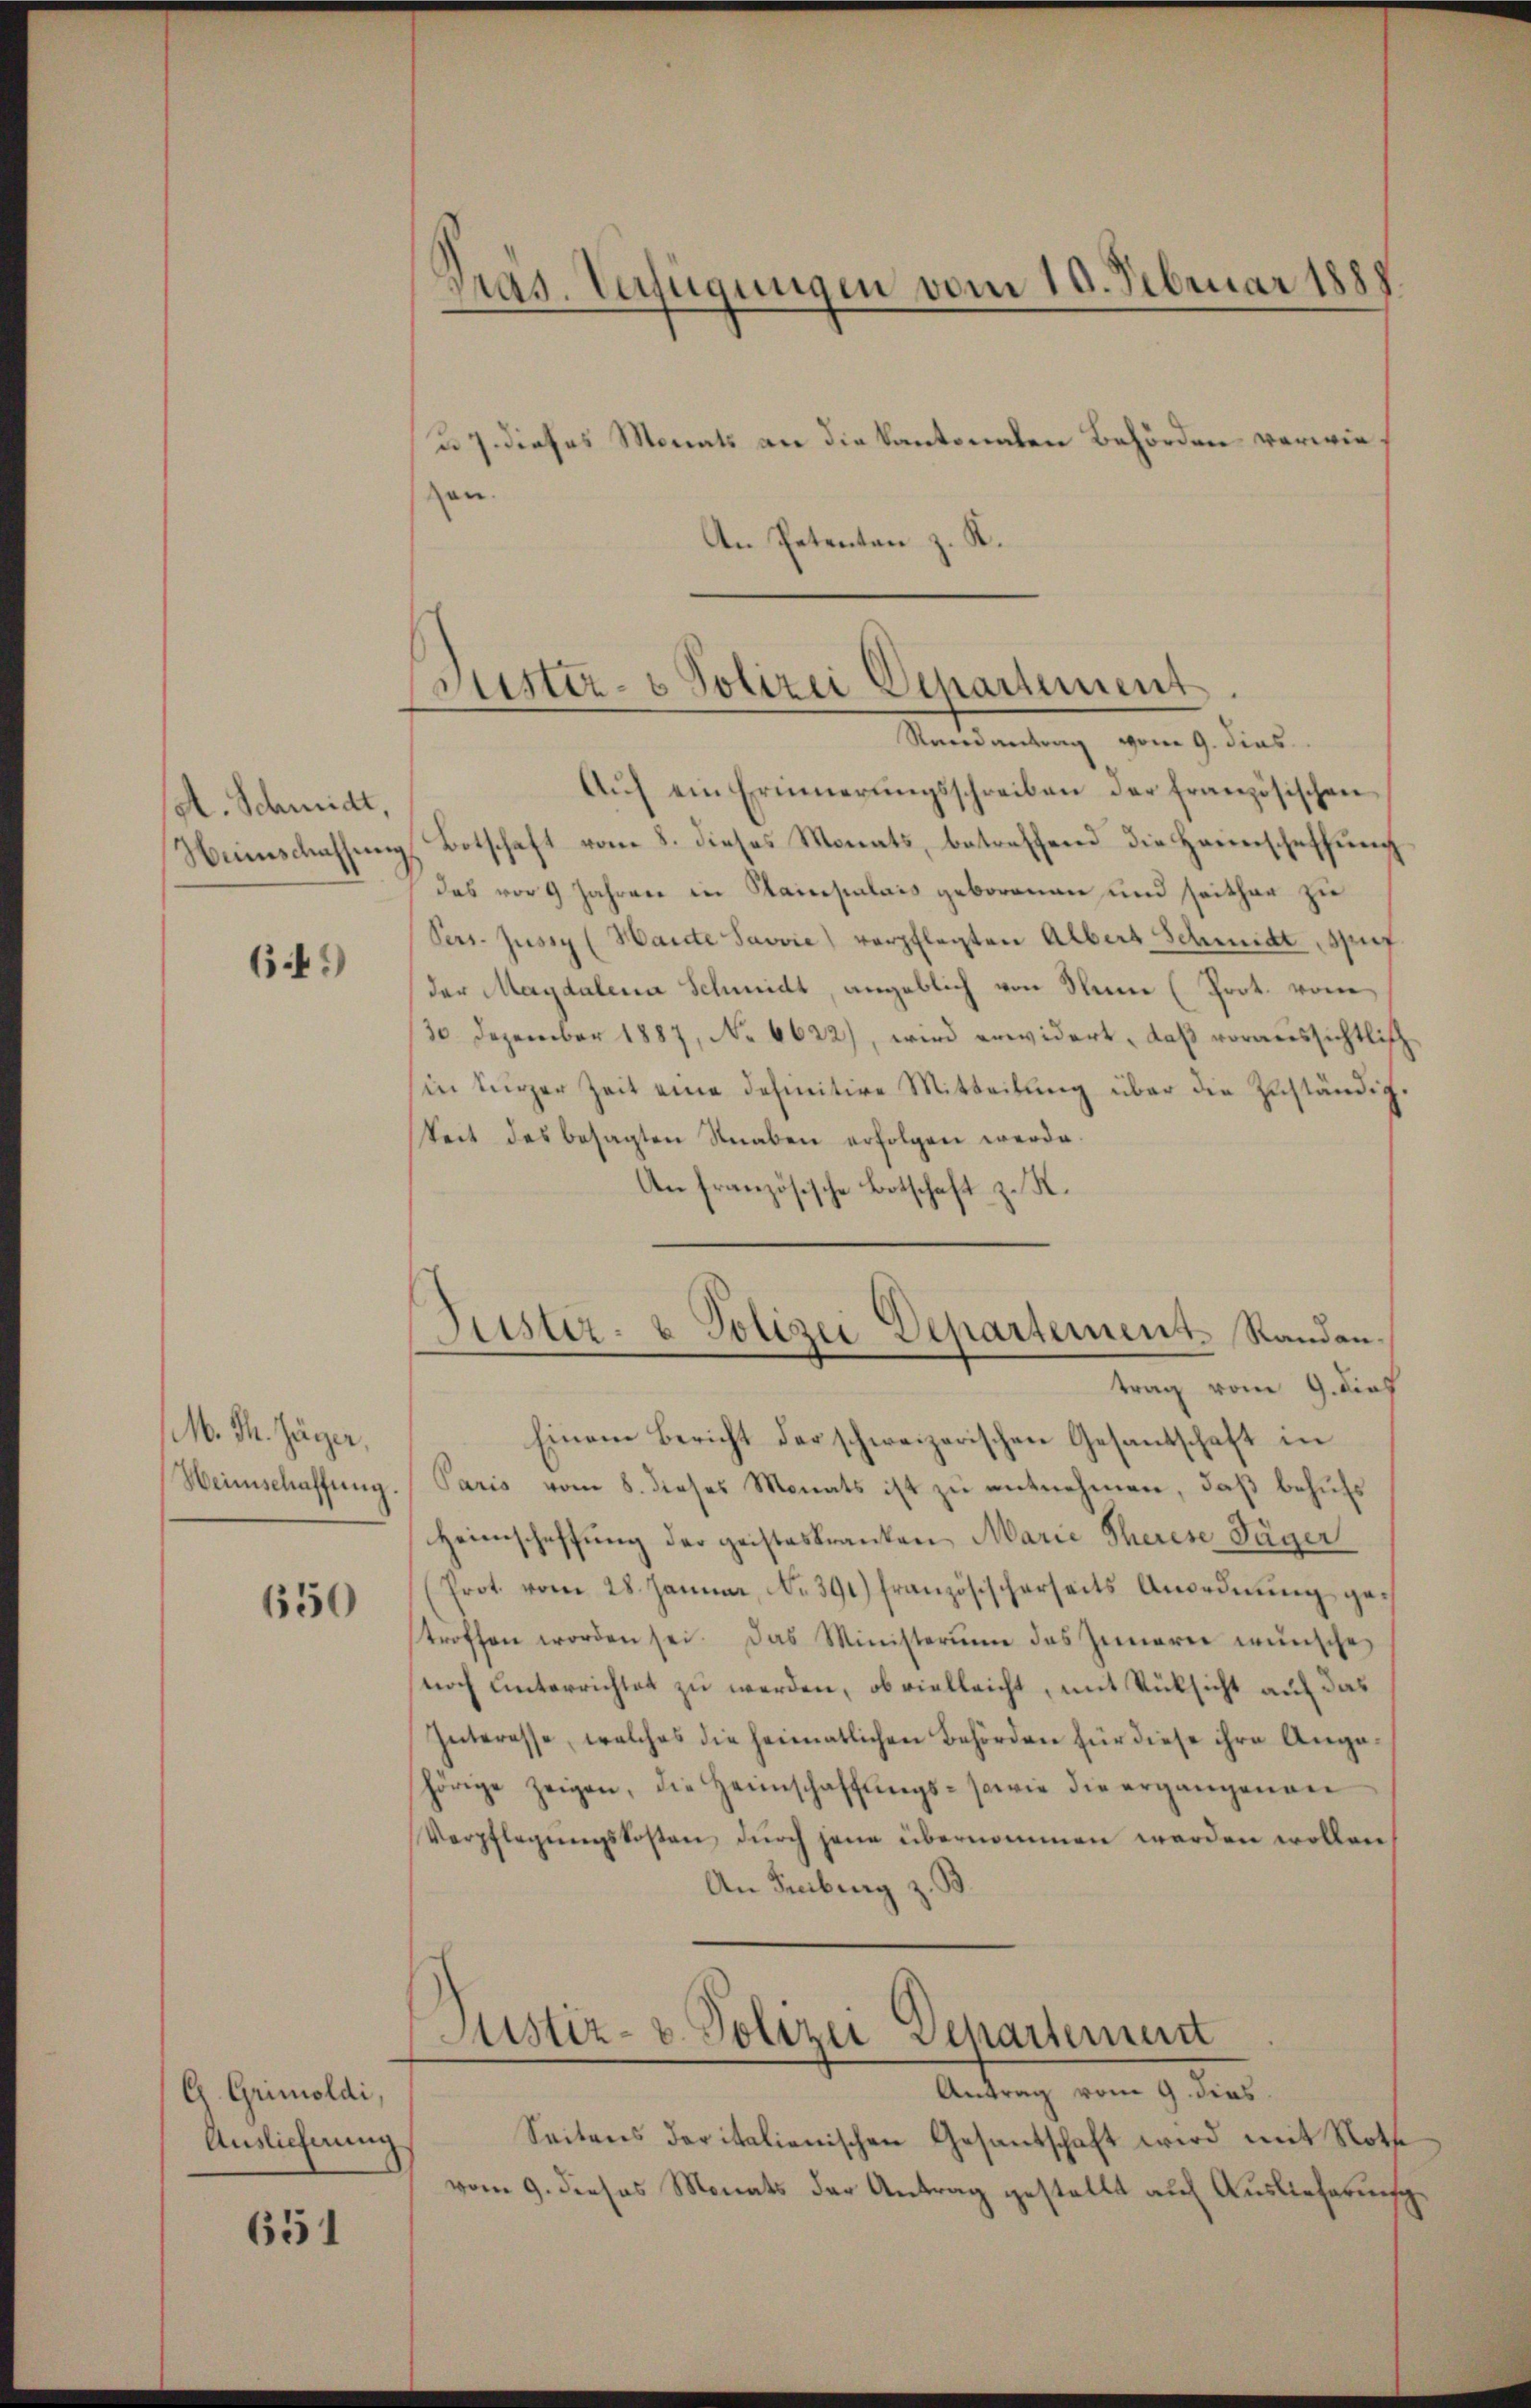
Col. Schmidt,
Heinschaffung

6.49)

M. M. Jäger,
Heimschaffung.

650

G. Grimoldi,
Auslieferung

651

u. 7 dieses Monats an die kantonalen Behörden verwiezen.
An Petenten z. R.

Pras. Verfügungen vom 10. Februar 1888

Justiz- & Polizei Departement

Reidantrag vom 9. dies
Aŭf ein Erinnerŭngsschreiben der französischen
Botschaft vom 8. dieses Monats, betreffend die Heimschaffung
das vor 9 Jahren in Raiscalais geborenen und seither zu
Pers. Jussy (Haute Savvie) verpflegten Albert Schmidt Spief
der Magdalena Schmidt, angeblich von Ihnen (Prot. vom
30 Dezember 1887, No 6622), wird erwidert, daß voraussichtlich
in kurzer Zeit eine definitive Mitteilung über die Zuständig.
Seit des besagten Knaben erfolgen werde.
An französische Botschaft z. K.
Fister- u Polizei Departement Randan-
trag vom 9. dies
Einem Bericht der schweizerischen Gesandschaft in
Paris vom 8. dieses Monats ist zu entnehmen, daß behufs
Heimschaffung der geisteskranken Marie Therese Jäger
(Prot. vom 28. Januar, No. 391) französischerseits Anordnŭng getroffen worden sei. Das Ministerŭm des Innerer wünsche,
noch unterrichtet zu werden, ob vielleicht, mit Rüksicht auf das
Interesse, welches die heimatlichen Behörden für diese ihre Angahörige zeigen, die Heimschaffungs- sowie die ergangenen
Verpflegŭngskosten, durch jene übernommen werden wollen
An Feuburg z. B.

Justiz- u. Polizei Departement

Antrag vom 9. dies
Seitens daritalienischen Gesantschaft wird mit Nothvom 9. dieses Monats der Antrag gestellt auf Auslieferung